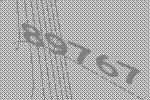
89767